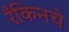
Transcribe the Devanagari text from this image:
रँकिनचे